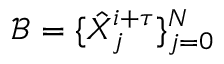
\mathcal { B } = \{ \hat { X } _ { j } ^ { i + \tau } \} _ { j = 0 } ^ { N }